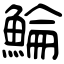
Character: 鯩